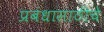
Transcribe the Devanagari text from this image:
प्रबंधासाठीचे